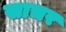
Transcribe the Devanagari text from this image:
खाचर